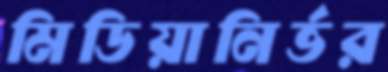
মিডিয়ানির্ভর